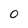
Character: 0